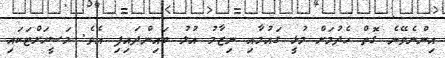
އިންނެވޭނެ ގޮތް ހެދުމަށް މުޅީ ގައުމާއި ނިޒާމު އުލު ބައިންދައިފި އެވެ. މަސީހަށްޓަކައި